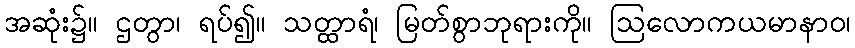
အဆုံး၌။ ဌတွာ၊ ရပ်၍။ သတ္ထာရံ၊ မြတ်စွာဘုရားကို။ ဩလောကယမာနာဝ၊